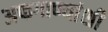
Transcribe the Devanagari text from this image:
अफगाण्यांशी